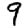
Digit: 9